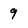
Character: 9